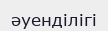
әуенділігі